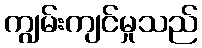
ကျွမ်းကျင်မှုသည်